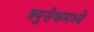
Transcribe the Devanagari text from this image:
क्युसेकमध्ये